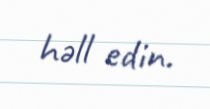
həll edin.